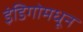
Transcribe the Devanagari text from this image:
इंडिगोमधून